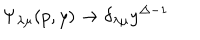
LaTeX: \Psi _ { \lambda \mu } ( p , y ) \rightarrow \delta _ { \lambda \mu } y ^ { \Delta - 1 }